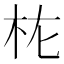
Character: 𭩝